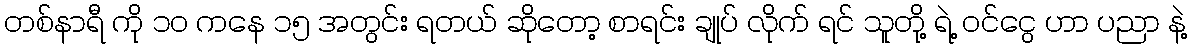
တစ်နာရီ ကို ၁ဝ ကနေ ၁၅ အတွင်း ရတယ် ဆိုတော့ စာရင်း ချုပ် လိုက် ရင် သူတို့ ရဲ့ ဝင်ငွေ ဟာ ပညာ နဲ့